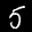
Label: 5